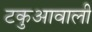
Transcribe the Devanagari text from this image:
टकुआवाली